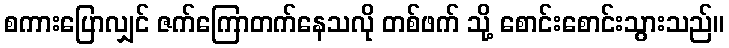
စကားပြောလျှင် ဇက်ကြောတက်နေသလို တစ်ဖက် သို့ စောင်းစောင်းသွားသည်။